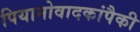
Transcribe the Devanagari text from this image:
पियानोवादकांपैकी